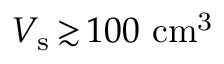
V _ { \mathrm { s } } \, { \gtrsim } \, 1 0 0 ~ \mathrm { c m ^ { 3 } }